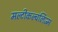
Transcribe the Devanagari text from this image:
मल्टीकल्चर्लिज्म